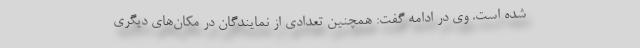
شده است. وی در ادامه گفت: همچنین تعدادی از نمایندگان در مکان‌های دیگری